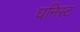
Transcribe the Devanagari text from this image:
घनिस्ट